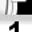
Digit: 1